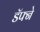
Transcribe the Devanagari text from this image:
डॅफ्ने